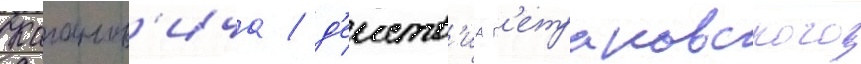
Каганов'ича / д'еиств'иа п'етраковского